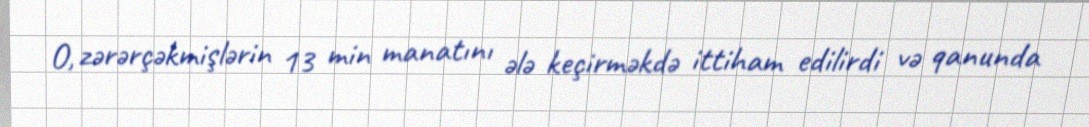
O, zərərçəkmişlərin 13 min manatını ələ keçirməkdə ittiham edilirdi və qanunda